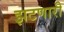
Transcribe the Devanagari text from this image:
झटणारी